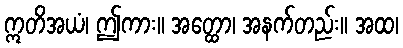
ဣတိအယံ၊ ဤကား။ အတ္ထော၊ အနက်တည်း။ အထ၊